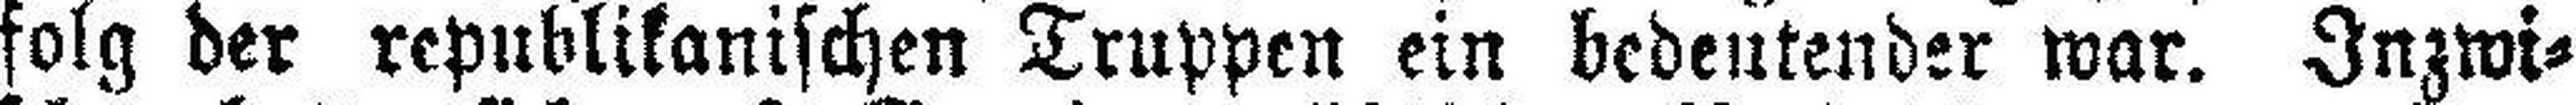
folg der republikanischen Truppen ein bedeutender war. Inzwi¬